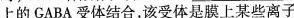
上的GABA受体结合，该受体是膜上某些离子